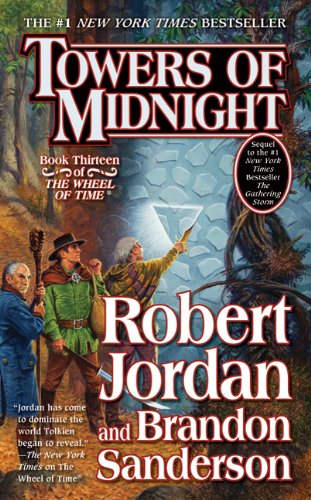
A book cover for Towers of Midnight (Wheel of Time); Robert Jordan; Science Fiction & Fantasy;